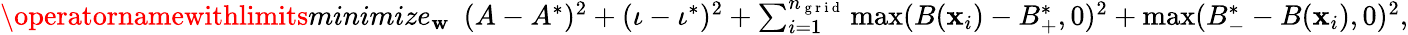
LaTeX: \begin{array}{r}{\operatornamewithlimits{minimize}_{\mathbf{w}}\ \ (A-A^{*})^{2}+(\iota-\iota^{*})^{2}+\sum_{i=1}^{{n_{\mathrm{~g~r~i~d~}}}}\operatorname*{max}(B(\mathbf{x}_{i})-B_{+}^{*},0)^{2}+\operatorname*{max}(B_{-}^{*}-B(\mathbf{x}_{i}),0)^{2},}\end{array}